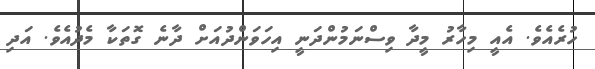
ހުރެއެވެ. އެއީ މިހާރު މީދާ ވިސްނަމުންދަނީ އިހަވަންދުއަށް ދާނެ ގޮތަކާ މެދުއެވެ. އަދި